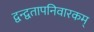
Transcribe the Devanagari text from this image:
द्वन्द्वतापनिवारकम्